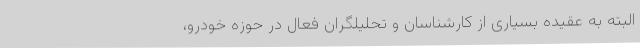
البته به عقیده بسیاری از کارشناسان و تحلیلگران فعال در حوزه خودرو،